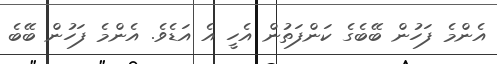
އެންމެ ފަހުން ބޭބެގެ ކަންފަތުން އެހީ އެ އަޑެވެ. އެންމެ ފަހުން ބޭބެ